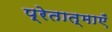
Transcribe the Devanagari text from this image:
प्रेतात्माएँ